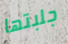
جلبتها